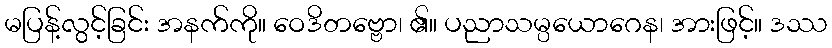
မပြန့်လွင့်ခြင်း အနက်ကို။ ဝေဒိတဗ္ဗော၊ ၏။ ပညာသမ္ပယောဂေန၊ အားဖြင့်။ ဒဿ